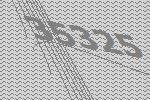
35325